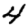
Digit: 4